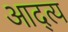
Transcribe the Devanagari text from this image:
आद्त्य